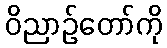
ဝိညာဉ်တော်ကို